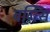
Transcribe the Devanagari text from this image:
वर्गिस